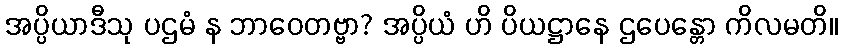
အပ္ပိယာဒီသု ပဌမံ န ဘာဝေတဗ္ဗာ? အပ္ပိယံ ဟိ ပိယဋ္ဌာနေ ဌပေန္တော ကိလမတိ။